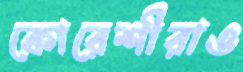
কোরেশীরাও